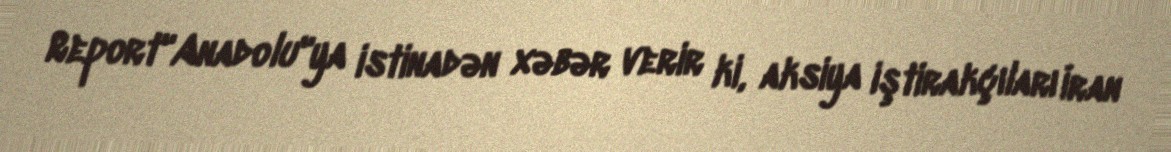
Report"Anadolu"ya istinadən xəbər verir ki, aksiya iştirakçıları İran